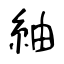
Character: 紬